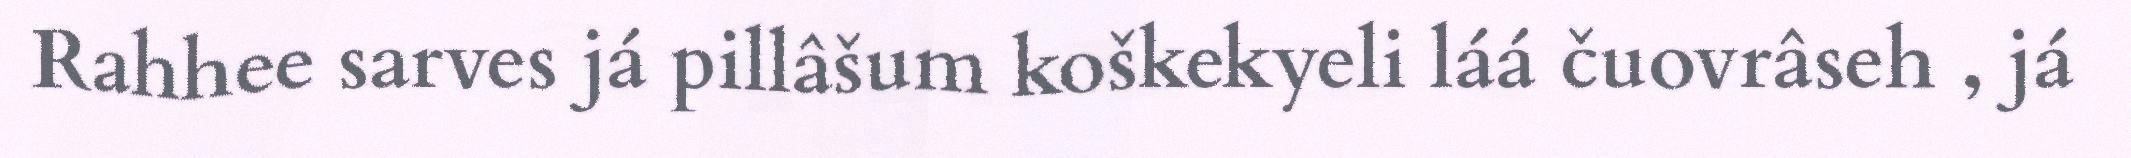
Rahhee sarves já pillâšum koškekyeli láá čuovrâseh , já